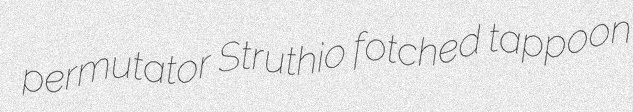
permutator Struthio fotched tappoon